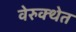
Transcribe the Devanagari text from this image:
वेरुक्थेत